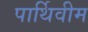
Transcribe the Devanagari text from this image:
पार्थिवीम